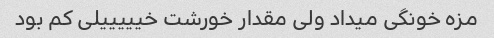
مزه خونگی میداد ولی مقدار خورشت خیییییلی کم بود